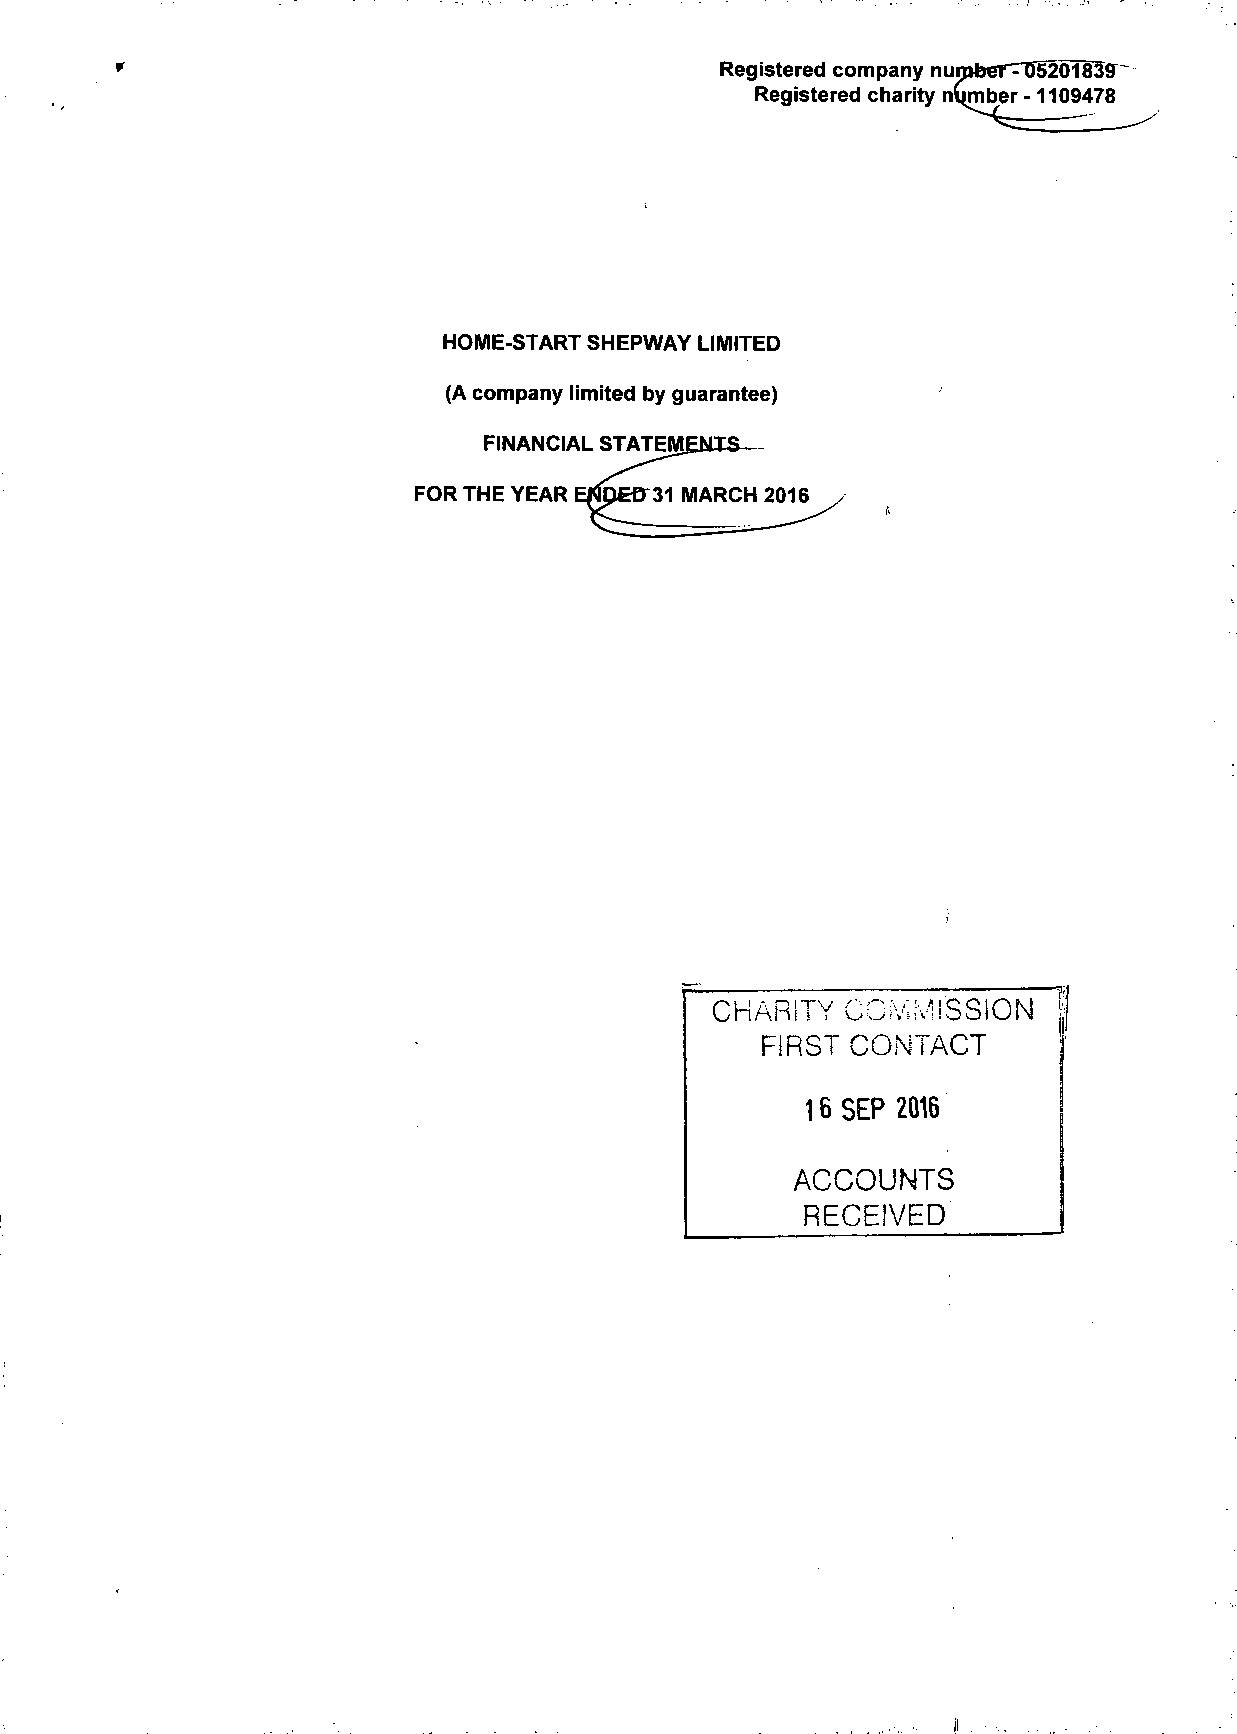
Registered company nurpbernJS20183ff"
 Registered charity number -1109478
 HOME-START SHEPWAY LIMITED
 (A company limited by guarantee)
 FOR
 CHARITY  COMMISSION    1
 FIRST CONTACT       j
 16 SEP 2016
 ACCOUNTS
 RECEIVED